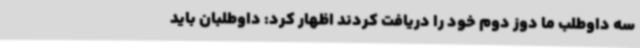
سه داوطلب ما دوز دوم خود را دریافت کردند اظهار کرد: داوطلبان باید